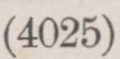
(4025)